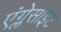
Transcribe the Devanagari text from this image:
एंग्लेसाइट